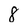
Character: 8